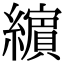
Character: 𦆯